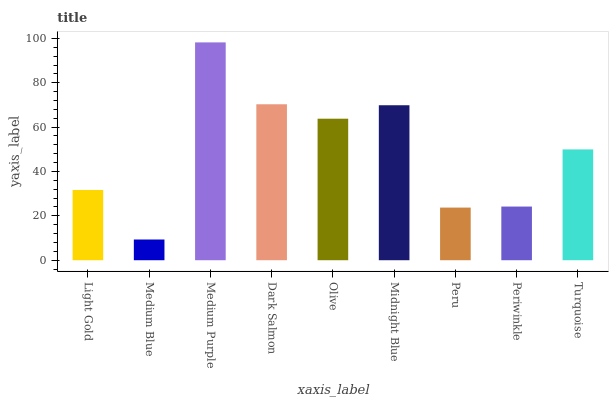
| xaxis_label | bars |
 | --- | --- |
 | Light Gold | 31.7 |
 | Medium Blue | 9.34 |
 | Medium Purple | 98.2 |
 | Dark Salmon | 70.3 |
 | Olive | 63.8 |
 | Midnight Blue | 69.9 |
 | Peru | 23.7 |
 | Periwinkle | 24.2 |
 | Turquoise | 50 |